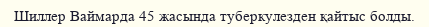
Шиллер Ваймарда 45 жасында туберкулезден қайтыс болды.